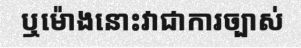
ឬម៉ោងនោះវាជាការច្បាស់